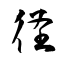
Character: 径